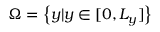
\Omega = \left\{ y | y \in [ 0 , L _ { y } ] \right\}